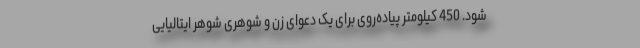
شود. 450 کیلومتر پیاده‌روی برای یک دعوای زن و شوهری شوهر ایتالیایی